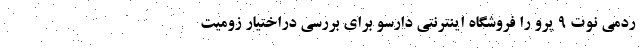
ردمی نوت ۹ پرو را فروشگاه اینترنتی دارسو برای بررسی دراختیار زومیت